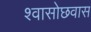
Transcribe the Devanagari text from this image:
श्वासोछवास